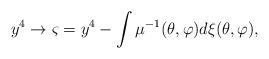
LaTeX: \begin{align*}y^4\rightarrow \varsigma =y^4-\int \mu ^{-1}(\theta ,\varphi )d\xi (\theta,\varphi ), \end{align*}